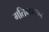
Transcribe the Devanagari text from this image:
गतिमापन